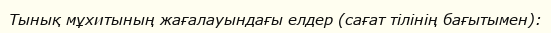
Тынық мұхитының жағалауындағы елдер (сағат тілінің бағытымен):